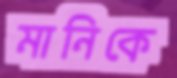
মানিকে